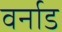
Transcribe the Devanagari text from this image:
वर्नाड